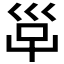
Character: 𡿹